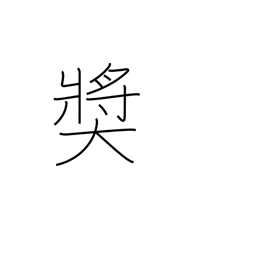
Meaning: give award to